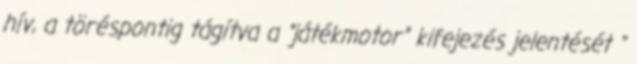
hív, a töréspontig tágítva a “játékmotor” kifejezés jelentését "